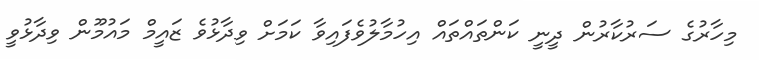
މިހާރުގެ ސަރުކާރުން ދީނީ ކަންތައްތައް އިހުމާލުވެފައިވާ ކަމަށް ވިދާޅުވެ ޒައީމް މައުމޫން ވިދާޅުވީ